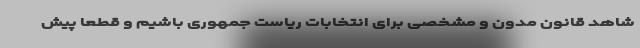
شاهد قانون مدون و مشخصی برای انتخابات ریاست جمهوری باشیم و قطعا پیش